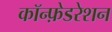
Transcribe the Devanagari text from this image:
कॉन्फ़ेडरेशन